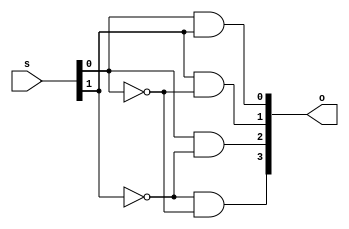
// Name: Andrew Peklar
// decoder2x4.v, 2x4 decoder, array implementation
// how to compile: ~changw/ivl/bin/iverilog mux2x1.v
// how to run: ./a.out

module DecoderMod(s, o); // module definition
   input  [0:1] s;
   output [0:3] o;

   wire [0:1] w;
   and(o[0], w[0], w[1]);
   and(o[1], s[1], w[0]);
   and(o[2], s[0], w[1]);
   and(o[3], s[1], s[0]);
   not(w[1], s[1]);
   not(w[0], s[0]);
endmodule

module TestMod;
   reg  [0:1] s;
   wire [0:3] o;

   DecoderMod my_decoder(s, o); // create instance

initial begin
      $monitor("%0d\t%b\t%b\t%b\t%b\t%b\t%b", $time, s[0], s[1], o[0], o[1], o[2], o[3]);
      $display("Time\ts[0]\ts[1]\to[0]\to[1]\to[2]\to[3]");
      $display("--------------------------");
   end

   initial begin
      s[0] = 0; s[1]= 0;          
      #1;
      s[0] = 0; s[1]= 1;         
      #1;
      s[0] = 1; s[1]= 0;          
      #1;
      s[0] = 1; s[1]= 1;          
      #1;
   end
endmodule